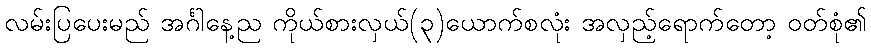
လမ်းပြပေးမည် အင်္ဂါနေ့ည ကိုယ်စားလှယ်(၃)ယောက်စလုံး အလှည့်ရောက်တော့ ဝတ်စုံ၏